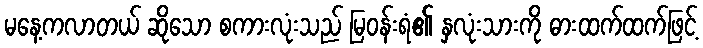
မနေ့ကလာတယ် ဆိုသော စကားလုံးသည် မြဝန်းရံ၏ နှလုံးသားကို ဓားထက်ထက်ဖြင့်